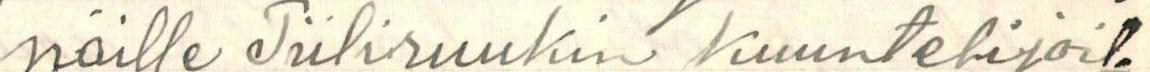
näille Tiiliruukin kuuntelijoil-